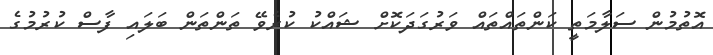
އޮތުމުން ސަލާމަތީ ކަންތައްތައް ވަރުގަދަކޮށް ޝައްކު ކުރެވޭ ތަންތަން ބަލައި ފާސް ކުރުމުގެ